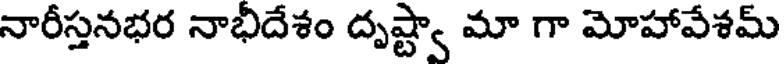
నారీస్తనభర నాభిదేశం దృష్ట్వా మా గా మోహావేశమ్